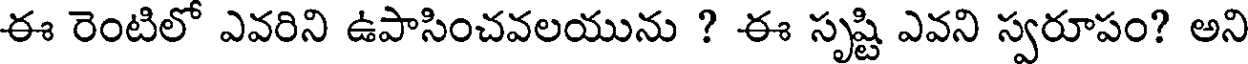
ఈ రెంటిలో ఎవరిని ఉపాసించవలయును ? ఈ సృష్టి ఎవని స్వరూపం? అని